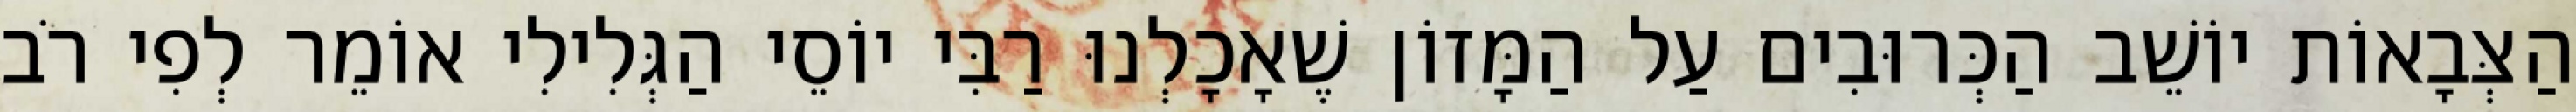
הַצְּבָאוֹת יוֹשֵׁב הַכְּרוּבִים עַל הַמָּזוֹן שֶׁאָכָלְנוּ רַבִּי יוֹסֵי הַגְּלִילִי אוֹמֵר לְפִי רֹב